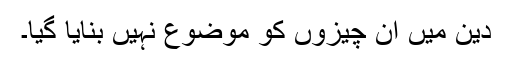
دین میں ان چیزوں کو موضوع نہیں بنایا گیا۔